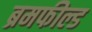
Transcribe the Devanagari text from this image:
ब्रमफील्ड